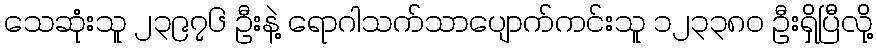
သေဆုံးသူ ၂၃၉၇၆ ဦးနဲ့ ရောဂါသက်သာပျောက်ကင်းသူ ၁၂၃၃၈၀ ဦးရှိပြီလို့